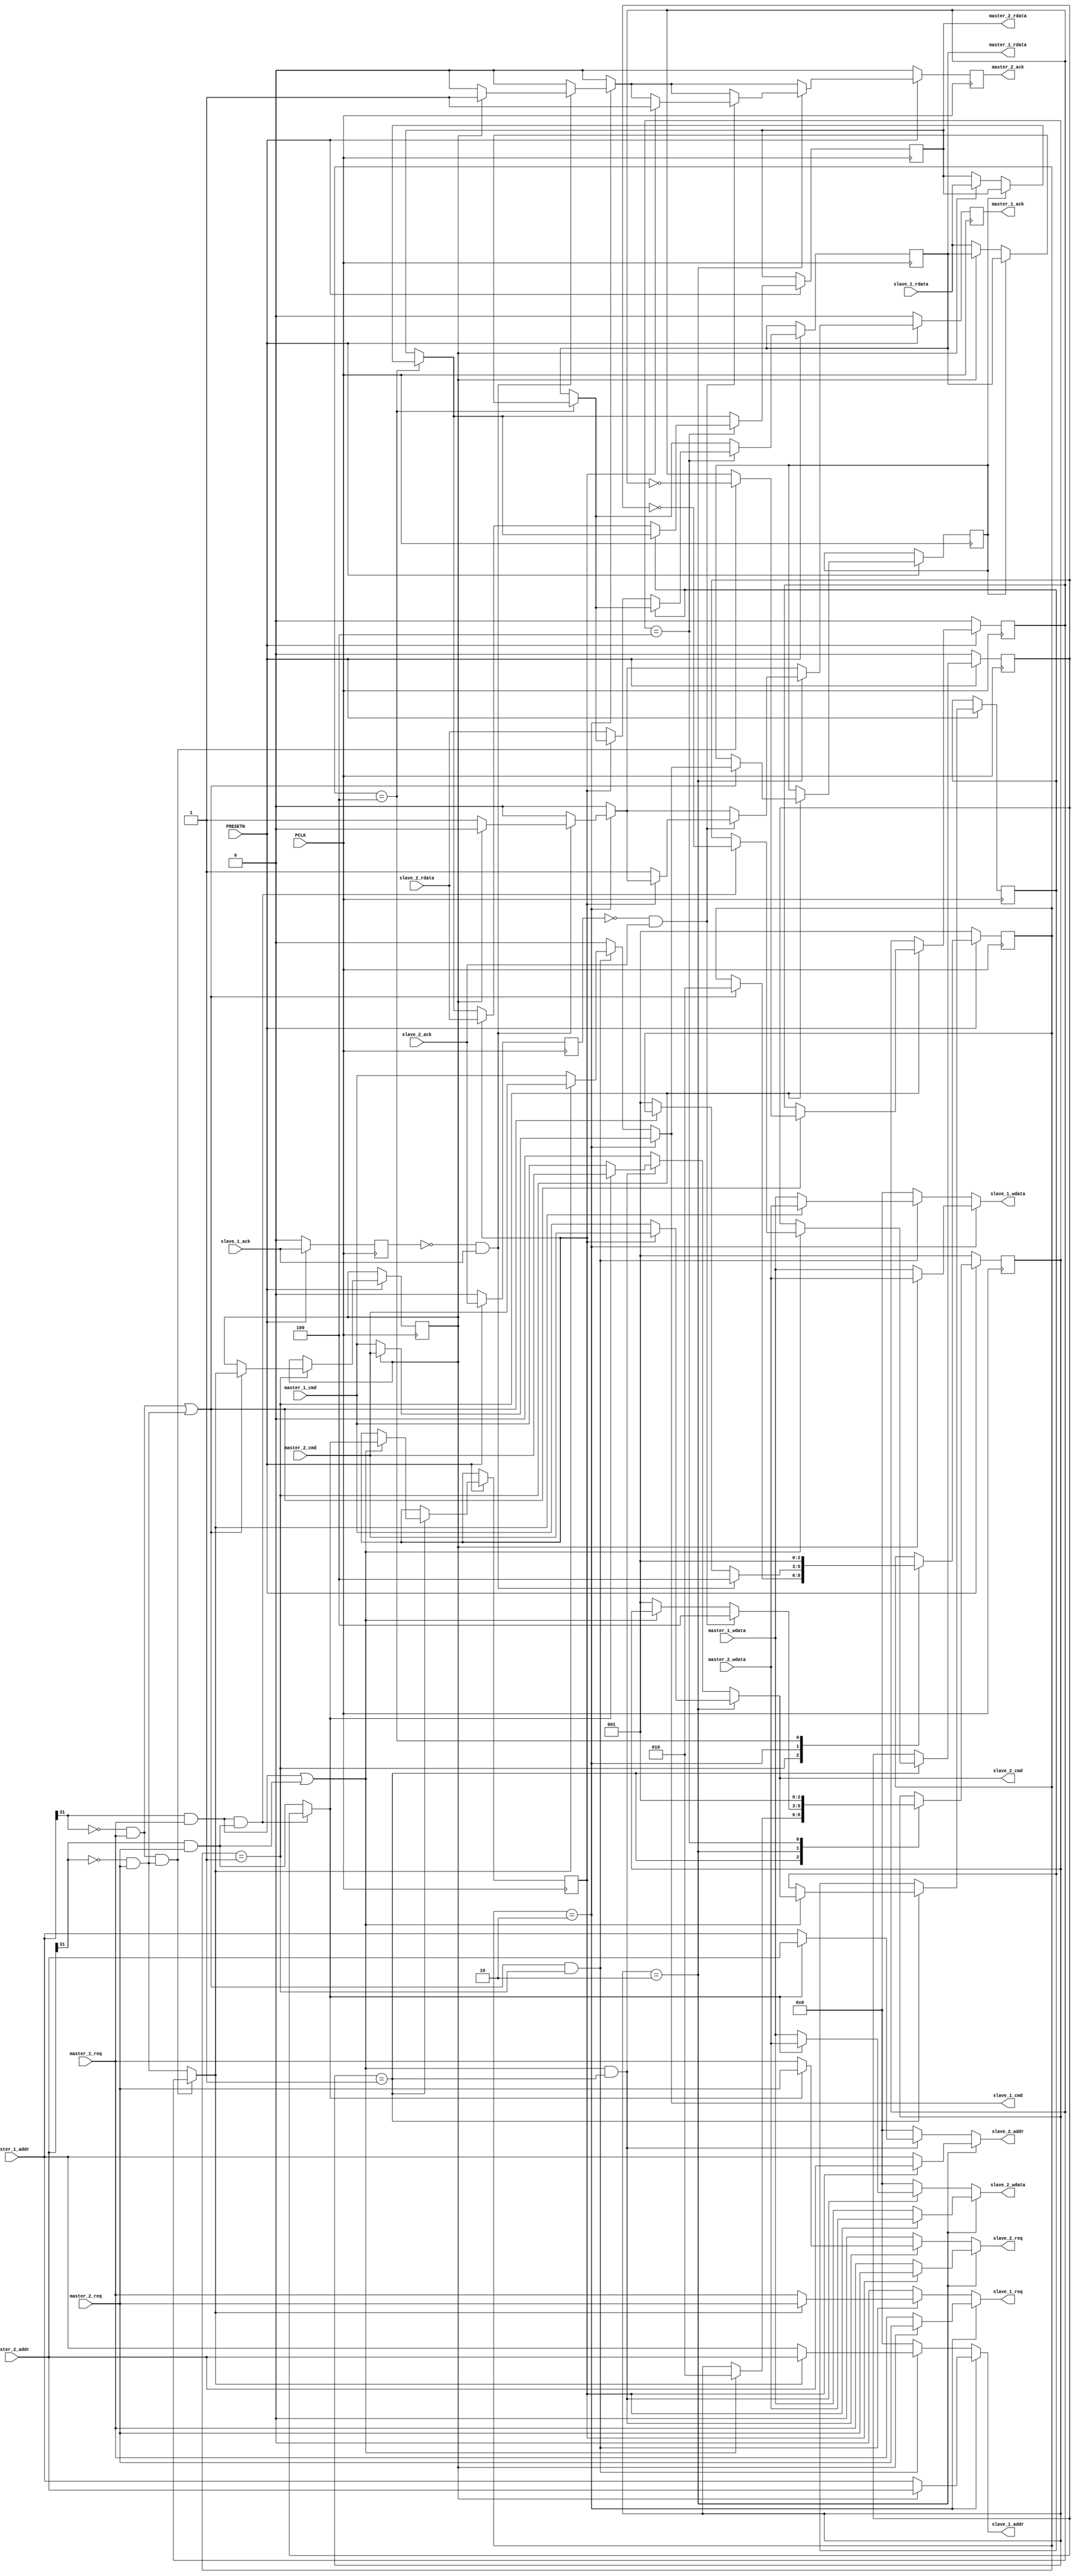

module cross_bar
(    
    input           PCLK,
    input           PRESETN,

    // masters i/o
    input               master_1_req,
    input               master_1_cmd,
    input [31:0]        master_1_addr,
    input [31:0]        master_1_wdata,
    output reg          master_1_ack,
    output reg [31:0]   master_1_rdata,

    input               master_2_req,
    input               master_2_cmd,
    input [31:0]        master_2_addr,
    input [31:0]        master_2_wdata,
    output reg          master_2_ack,
    output reg [31:0]   master_2_rdata,

    // slaves i/o
    input               slave_1_ack,
    input [31:0]        slave_1_rdata,
    output reg          slave_1_req,
    output reg          slave_1_cmd,
    output reg [31:0]   slave_1_addr,
    output reg [31:0]   slave_1_wdata,

    input               slave_2_ack,
    input [31:0]        slave_2_rdata,
    output reg          slave_2_req,
    output reg          slave_2_cmd,
    output reg [31:0]   slave_2_addr,
    output reg [31:0]   slave_2_wdata
);

reg slave_1_arbitr;
reg slave_2_arbitr;

wire slave_1_arbitr_req = (!master_1_addr[31] & master_1_req) && (!master_2_addr[31] & master_2_req);
wire slave_2_arbitr_req = (master_1_addr[31] & master_1_req) && (master_2_addr[31] & master_2_req);

wire slave_1_ask = (!master_1_addr[31] & master_1_req) || (!master_2_addr[31] & master_2_req);
wire slave_2_ask = (master_1_addr[31] & master_1_req) || (master_2_addr[31] & master_2_req);

wire slave_1_master_sel = slave_1_arbitr_req ? slave_1_arbitr : (!master_2_addr[31] & master_2_req);
wire slave_2_master_sel = slave_2_arbitr_req ? slave_2_arbitr : (master_2_addr[31] & master_2_req);

reg slave_1_cmd_r;
reg slave_1_current_master_ID;
reg [2:0] slave_1_state;
reg slave_1_ack_q;

reg slave_2_cmd_r;
reg slave_2_current_master_ID;
reg [2:0] slave_2_state;
reg slave_2_ack_q;

localparam IDLE = 3'b001,
           SET  = 3'b010,
           ACK  = 3'b100;

// slave 1 mux
always@(*) begin
    slave_1_req = 0;
    slave_1_cmd = 0;
    slave_1_addr = 0;
    slave_1_wdata = 0;
    if(slave_1_state == SET) begin
        slave_1_req = slave_1_current_master_ID ? master_2_req : master_1_req;
        slave_1_cmd = slave_1_current_master_ID ? master_2_cmd : master_1_cmd;
        slave_1_addr = slave_1_current_master_ID ? master_2_addr : master_1_addr;
        slave_1_wdata = slave_1_current_master_ID ? master_2_wdata : master_1_wdata;
    end
    else
    if(slave_1_ask & (slave_1_state == IDLE)) begin
        slave_1_req = slave_1_master_sel ? master_2_req : master_1_req;
        slave_1_cmd = slave_1_master_sel ? master_2_cmd : master_1_cmd;
        slave_1_addr = slave_1_master_sel ? master_2_addr : master_1_addr;
        slave_1_wdata = slave_1_master_sel ? master_2_wdata : master_1_wdata;
    end
end

// slave 2
always@(*) begin
    slave_2_req = 0;
    slave_2_cmd = 0;
    slave_2_addr = 0;
    slave_2_wdata = 0;
    if(slave_2_state == SET) begin
        slave_2_req = slave_2_current_master_ID ? master_2_req : master_1_req;
        slave_2_cmd = slave_2_current_master_ID ? master_2_cmd : master_1_cmd;
        slave_2_addr = slave_2_current_master_ID ? master_2_addr : master_1_addr;
        slave_2_wdata = slave_2_current_master_ID ? master_2_wdata : master_1_wdata;
    end
    else
    if(slave_2_ask & (slave_2_state == IDLE)) begin
        slave_2_req = slave_2_master_sel ? master_2_req : master_1_req;
        slave_2_cmd = slave_2_master_sel ? master_2_cmd : master_1_cmd;
        slave_2_addr = slave_2_master_sel ? master_2_addr : master_1_addr;
        slave_2_wdata = slave_2_master_sel ? master_2_wdata : master_1_wdata;
    end
end

always@(posedge PCLK) begin
    if(!PRESETN) begin
        master_1_ack <= 0;
        master_2_ack <= 0;
        slave_1_ack_q <= 0;
        slave_2_ack_q <= 0;
        slave_1_arbitr <= 0;
        slave_2_arbitr <= 0;
        slave_1_state <= IDLE;
        slave_2_state <= IDLE;
    end
    else begin
        master_1_ack <= 0;
        master_2_ack <= 0;

        slave_1_ack_q <= slave_1_ack;
        slave_2_ack_q <= slave_2_ack;
        
        case(slave_1_state)
            IDLE:begin
                if(slave_1_ask) begin
                    if(slave_1_arbitr_req)
                        slave_1_arbitr <= !slave_1_arbitr;
                    slave_1_current_master_ID <= slave_1_master_sel;
                    slave_1_cmd_r <= slave_1_cmd;
                    slave_1_state <= SET;
                end
            end
            SET:begin
                if(!slave_1_ack_q && slave_1_ack) begin
                    if(slave_1_current_master_ID) 
                        master_2_ack <= 1'b1;
                    else
                        master_1_ack <= 1'b1;
                    slave_1_state <= ACK;
                end
                else 
                if(!slave_1_ask) begin
                    slave_1_state <= IDLE;
                end
            end
            ACK:begin
                if(!slave_1_cmd_r)
                    if(slave_1_current_master_ID) 
                        master_2_rdata <= slave_1_rdata;
                    else
                        master_1_rdata <= slave_1_rdata;
                slave_1_state <= IDLE;
            end
        endcase

        case(slave_2_state)
            IDLE:begin
                if(slave_2_ask) begin
                    if(slave_2_arbitr_req)
                        slave_2_arbitr <= !slave_2_arbitr;
                    slave_2_current_master_ID <= slave_2_master_sel;
                    slave_2_cmd_r <= slave_2_cmd;
                    slave_2_state <= SET;
                end
            end
            SET:begin
                if(!slave_2_ack_q && slave_2_ack) begin
                    if(slave_2_current_master_ID) 
                        master_2_ack <= 1'b1;
                    else
                        master_1_ack <= 1'b1;
                    slave_2_state <= ACK;
                end
                else 
                if(!slave_2_ask) begin
                    slave_2_state <= IDLE;
                end
            end
            ACK:begin
                if(!slave_2_cmd_r)
                    if(slave_2_current_master_ID) 
                        master_2_rdata <= slave_2_rdata;
                    else
                        master_1_rdata <= slave_2_rdata;
                slave_2_state <= IDLE;
            end
        endcase
    end
end

endmodule